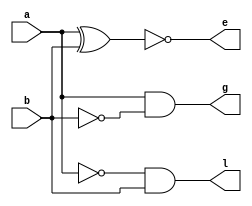
module comp1bit(a,b,g,l,e);
input a,b;
output g,l,e;
wire w1,w2;
not n1(w1,a);
not n2(w2,b);
xnor xn1(e,a,b);
and a1(g,a,w2);
and a2(l,w1,b);
endmodule